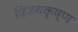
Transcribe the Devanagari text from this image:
विजयकृष्ण